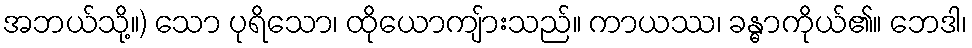
အဘယ်သို့။) သော ပုရိသော၊ ထိုယောကျ်ားသည်။ ကာယဿ၊ ခန္ဓာကိုယ်၏။ ဘေဒါ၊